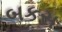
બકસ